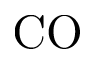
\mathrm { C O }